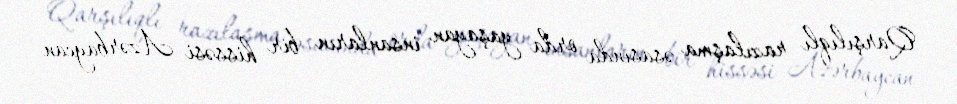
Qarşılıqlı razılaşma əsasında orda yaşayan insanların bir hissəsi Azərbaycan